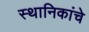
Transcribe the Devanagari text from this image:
स्थानिकांचे